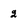
Character: 2